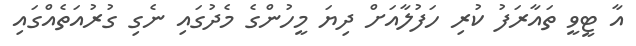
އާ ޓީވީ ތައާރަފު ކުރި ހަފުލާއަށް ދިޔަ މީހުންގެ މެދުގައި ނެގި ގުރުއަތެއްގައި